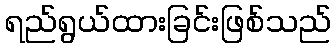
ရည်ရွယ်ထားခြင်းဖြစ်သည်